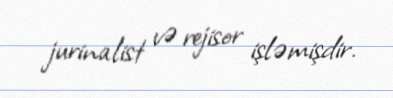
jurinalist və rejisor işləmişdir.